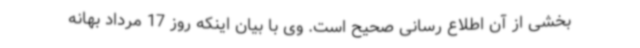
بخشی از آن اطلاع رسانی صحیح است. وی با بیان اینکه روز 17 مرداد بهانه